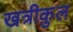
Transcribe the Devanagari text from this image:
खत्रीकुल